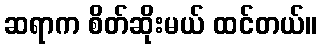
ဆရာက စိတ်ဆိုးမယ် ထင်တယ်။